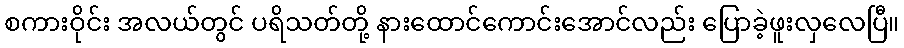
စကားဝိုင်း အလယ်တွင် ပရိသတ်တို့ နားထောင်ကောင်းအောင်လည်း ပြောခဲ့ဖူးလှလေပြီ။